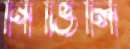
নিভিলি